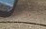
بعد